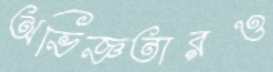
অভিজ্ঞতারও